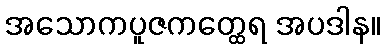
အသောကပူဇကတ္ထေရ အပဒါန။